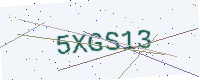
Text: 5XGS13